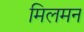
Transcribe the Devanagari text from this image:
मिलमन